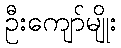
ဦးကျော်မျိုး